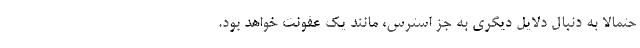
حتمالا به دنبال دلایل دیگری به جز استرس، مانند یک عفونت خواهد بود.